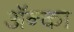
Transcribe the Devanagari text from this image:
अॅन्का